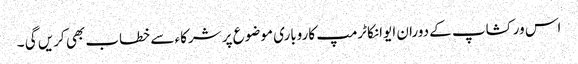
اس ورکشاپ کے دوران ایوانکا ٹرمپ کاروباری موضوع پر شرکاء سے خطاب بھی کریں گی ۔